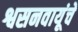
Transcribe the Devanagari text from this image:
श्वसनवायूंचे